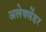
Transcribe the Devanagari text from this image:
अलेक्सेंडर